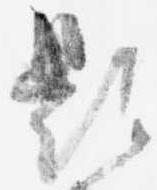
題